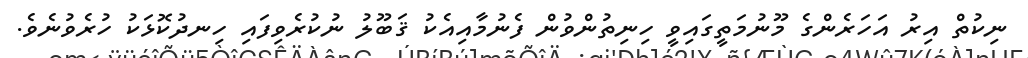
ނިކުތް އިރު އަހަރެންގެ މޫނުމަތީގައިވީ ހިނިތުންވުން ފެނުމާއިއެކު ޤަބޫލު ނުކުރެވިފައި ހިނދުކޮޅަކު ހުރެވުނެވެ.